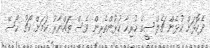
ދެކޮޅަށް ކުޅެން ޗެލްސީގެ ހުރިހާ ކުޅުންތެރިން ވެސް ތައްޔާރު ކަމަށް ކޯޗު ހޯސޭ